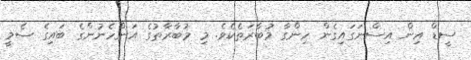
ސީޑް އިން އިސްނަގައިގެން ހިންގާ މުބާރަތެކެވެ. މި މުބާރާތުގެ އަންހެނުންގެ ބައިގެ ސެމީ